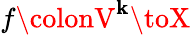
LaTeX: f\colonV^{\mathbf{k}}\toX